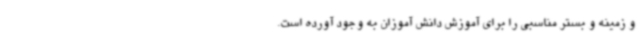
و زمینه و بستر مناسبی را برای آموزش دانش آموزان به وجود آورده است.